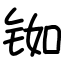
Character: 铷